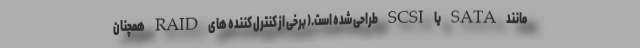
مانند SATA یا SCSI طراحی شده است.( برخی از کنترل کننده های RAID همچنان